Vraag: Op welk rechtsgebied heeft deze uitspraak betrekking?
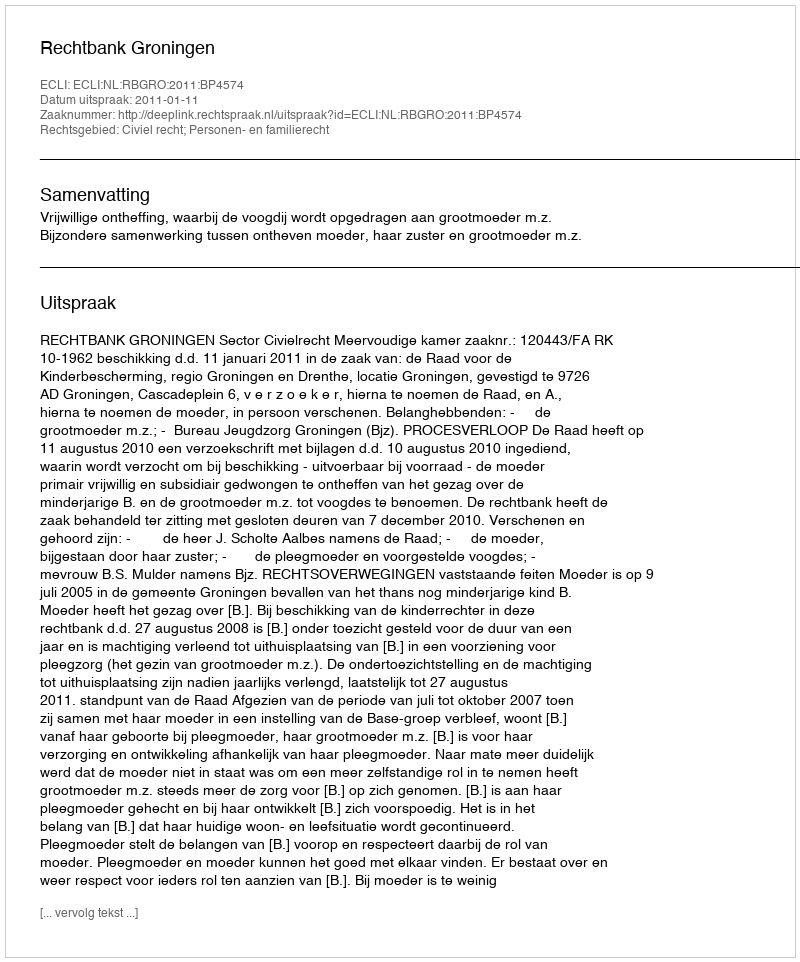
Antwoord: Civiel recht; Personen- en familierecht